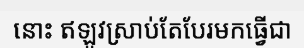
នោះ ឥឡូវស្រាប់តែបែរមកធ្វើជា